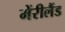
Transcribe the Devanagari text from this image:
मेंरीलैंड